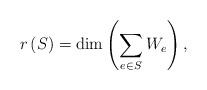
LaTeX: \begin{align*}r\left(S\right)=\dim\left(\sum_{e\in S}W_{e}\right),\end{align*}